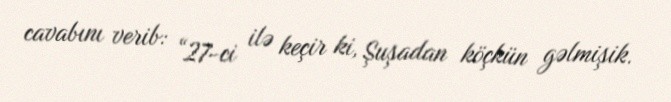
cavabını verib: “27-ci ilə keçir ki, Şuşadan köçkün gəlmişik.